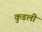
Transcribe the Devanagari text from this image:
कुडली